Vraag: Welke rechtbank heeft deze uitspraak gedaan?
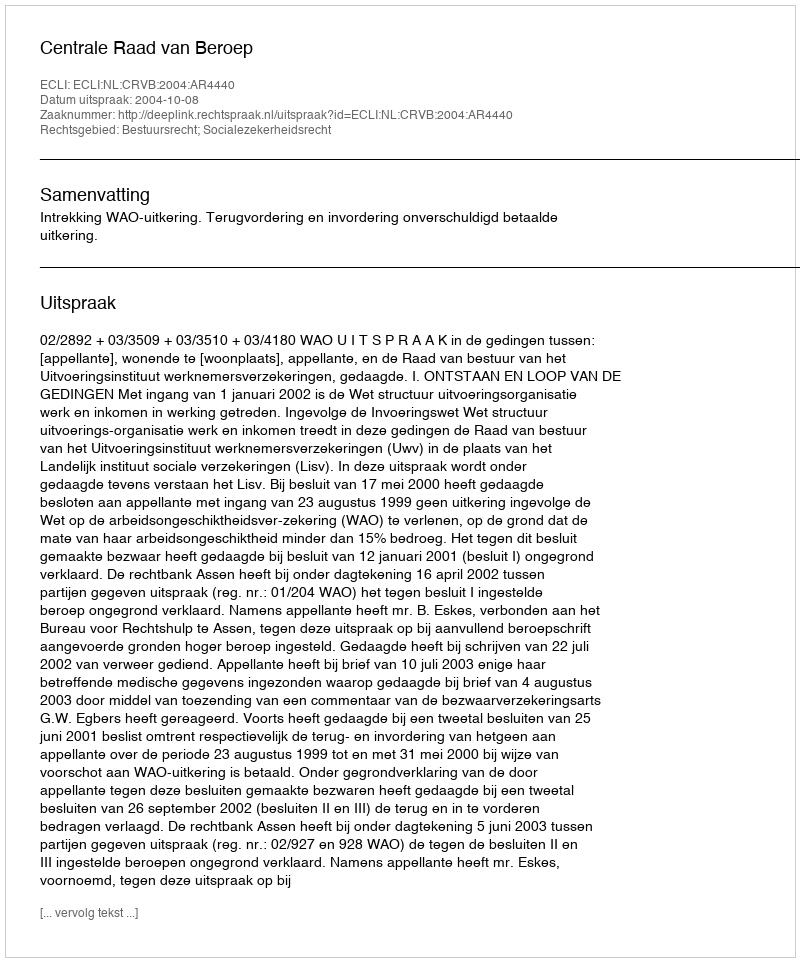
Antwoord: Centrale Raad van Beroep